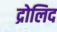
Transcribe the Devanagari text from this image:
द्रोलिद